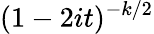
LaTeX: \! \, (1-2it)^{-k/2}